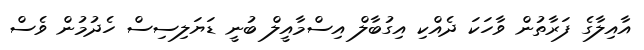
އާއިލާގެ ފަރާތުން ވާހަކަ ދެއްކި އިގުބާލް އިސްމާއީލް ބުނީ ޑަޔަލިސިސް ހެދުމުން ވެސް